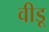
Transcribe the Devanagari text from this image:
वीडू